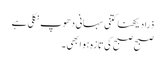
ذرا دیکھنا کتنی سہانی دھوپ نکلی ہے
صبح صبح کی تازہ ہوا بھی ۔